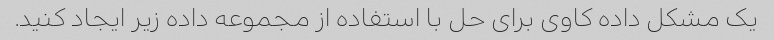
یک مشکل داده کاوی برای حل با استفاده از مجموعه داده زیر ایجاد کنید.